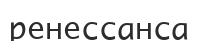
ренессанса